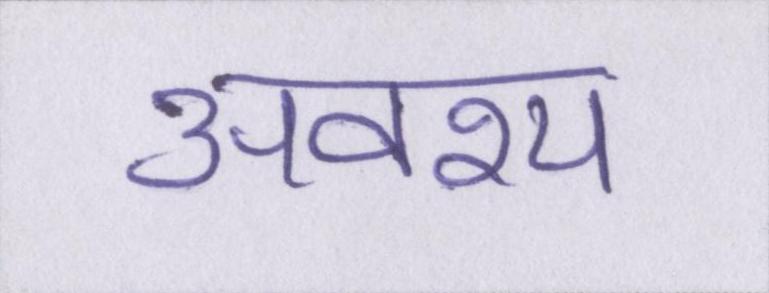
अवश्य